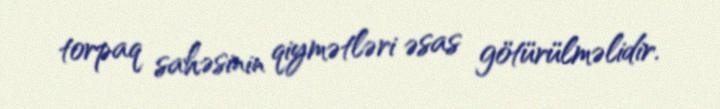
torpaq sahəsinin qiymətləri əsas götürülməlidir.